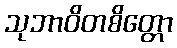
သုဘာဝိတစိတ္တော